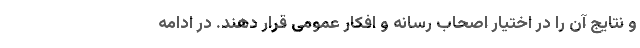
و نتایج آن را در اختیار اصحاب رسانه و افکار عمومی قرار دهند. در ادامه